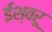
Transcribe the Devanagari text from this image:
ईश्वरू